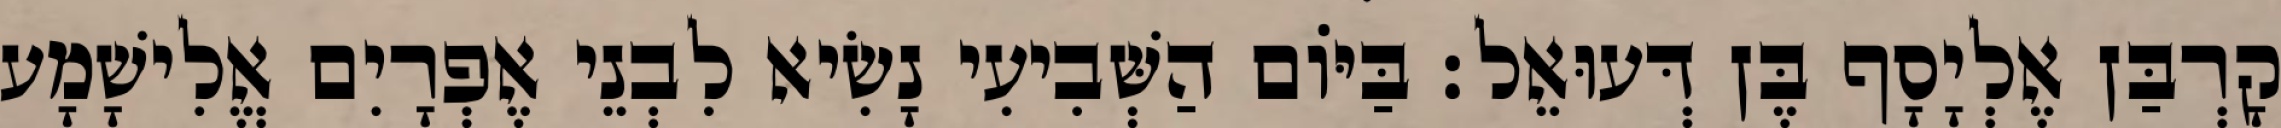
קָרְבַּן אֶלְיָסָף בֶּן דְּעוּאֵל׃ בַּיּוֹם הַשְּׁבִיעִי נָשִׂיא לִבְנֵי אֶפְרָיִם אֱלִישָׁמָע